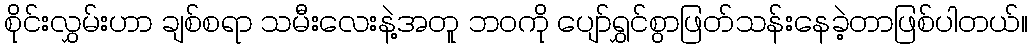
စိုင်းလွှမ်းဟာ ချစ်စရာ သမီးလေးနဲ့အတူ ဘဝကို ပျော်ရွှင်စွာဖြတ်သန်းနေခဲ့တာဖြစ်ပါတယ်။